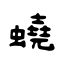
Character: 蟯